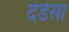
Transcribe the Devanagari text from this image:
दंडेसा